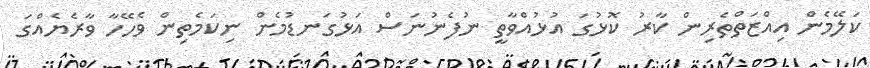
ކަލޭމެން އިއްޒަތްތެރިން ކާރު ކޮޅުގަ އުޅުއްވާތީ ނުފެނުނަސް އަޅުގަނޑުމެން ނިކަމެތިން ވެހޭހާ ވާރެޔެއްގަ